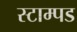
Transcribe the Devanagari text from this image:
स्टाम्पड